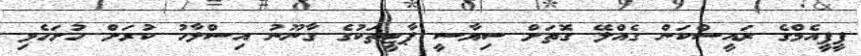
ޕީޕީއެމްގެ ރައީސްކަން ގެއްލޭ ގޮތަށް ސިޔާސީ ޕާޓީތަކުގެ ގާނޫނު އިސްލާހު ކުރަށް ހުށަހެޅި